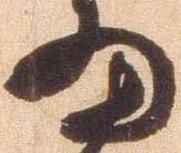
細